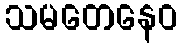
သမတေနေဝ